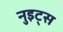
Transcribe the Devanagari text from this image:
नुइट्स